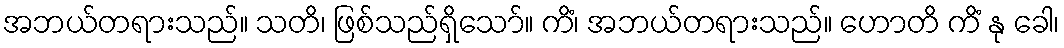
အဘယ်တရားသည်။ သတိ၊ ဖြစ်သည်ရှိသော်။ ကိံ၊ အဘယ်တရားသည်။ ဟောတိ ကိံ နု ခေါ၊